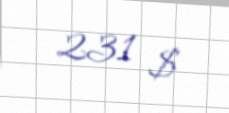
231 $